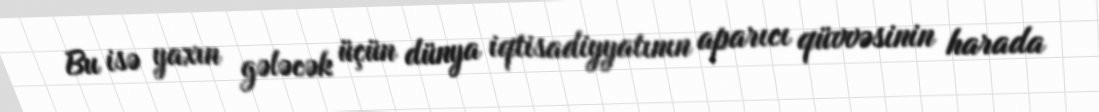
Bu isə yaxın gələcək üçün dünya iqtisadiyyatının aparıcı qüvvəsinin harada